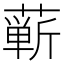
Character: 蕲